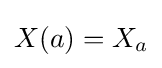
X(a)=X_{a}